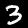
Label: 3